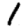
Digit: 1